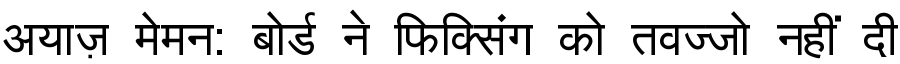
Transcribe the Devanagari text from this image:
अयाज़ मेमन: बोर्ड ने फिक्सिंग को तवज्जो नहीं दी